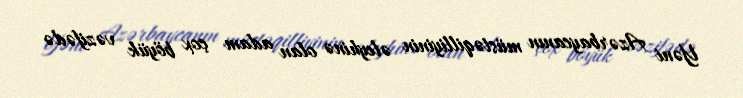
Yəni Azərbaycanın müstəqilliyinin əleyhinə olan adam çox böyük vəzifədə